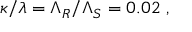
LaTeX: \kappa / \lambda = \Lambda _ { R } / \Lambda _ { S } = 0 . 0 2 \ ,